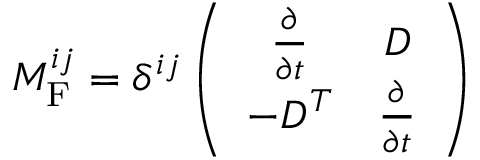
{ \cal M } _ { \mathrm { F } } ^ { i j } = \delta ^ { i j } \left( \begin{array} { c c } { { \frac { \partial } { \partial t } } } & { { D } } \\ { { - D ^ { T } } } & { { \frac { \partial } { \partial t } } } \end{array} \right)